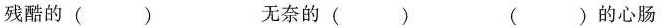
残酷的( ) 无奈的( )( )的心肠